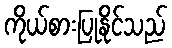
ကိုယ်စားပြုနိုင်သည်